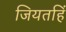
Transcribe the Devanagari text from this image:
जियतहिं